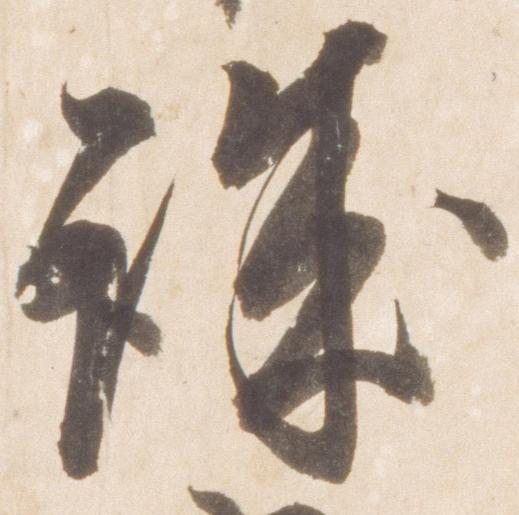
誠